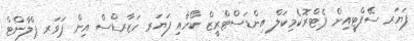
ފަޔަރ ސޭފްޓީއިން ޕެޓްރޮކެމިކަލް އިންޑަސްޓްރީޒް ކޯހާއި ފަޔަރ ހަޒާރޑްސް އިން ޕަވަރ ޕްލާންޓް